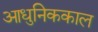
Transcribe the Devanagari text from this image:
आधुनिककाल